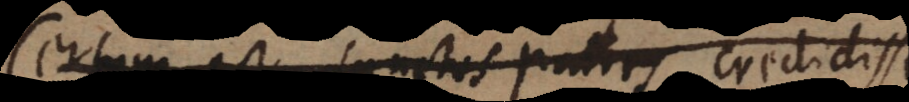
Certum est Sanctos Patres credidisse